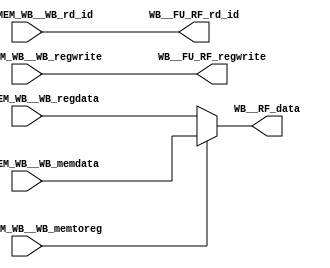
`define DATA_WIDTH 32
`define ADDR_WIDTH 32

module WB (
    input                   stage_MEM_WB__WB_memtoreg,
    input                   stage_MEM_WB__WB_regwrite,
    input [`DATA_WIDTH-1:0] stage_MEM_WB__WB_memdata,
    input [31:0]            stage_MEM_WB__WB_regdata,
    input [4:0]             stage_MEM_WB__WB_rd_id,
    output                  WB__FU_RF_regwrite,
    output[4:0]             WB__FU_RF_rd_id,
    output [31:0]           WB__RF_data
);

assign WB__RF_data = stage_MEM_WB__WB_memtoreg?stage_MEM_WB__WB_memdata:stage_MEM_WB__WB_regdata;
assign WB__FU_RF_regwrite = stage_MEM_WB__WB_regwrite;
assign WB__FU_RF_rd_id    = stage_MEM_WB__WB_rd_id;

endmodule